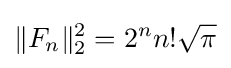
\|F_{n}\|_{2}^{2}=2^{n}n!{\sqrt {\pi }}